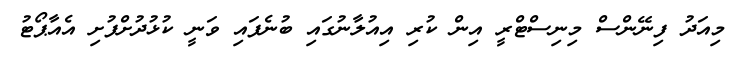
މިއަދު ފިނޭންސް މިނިސްޓްރީ އިން ކުރި އިއުލާނުގައި ބުނެފައި ވަނީ ކުޅުދުށްފުށި އެއާޕޯޓު